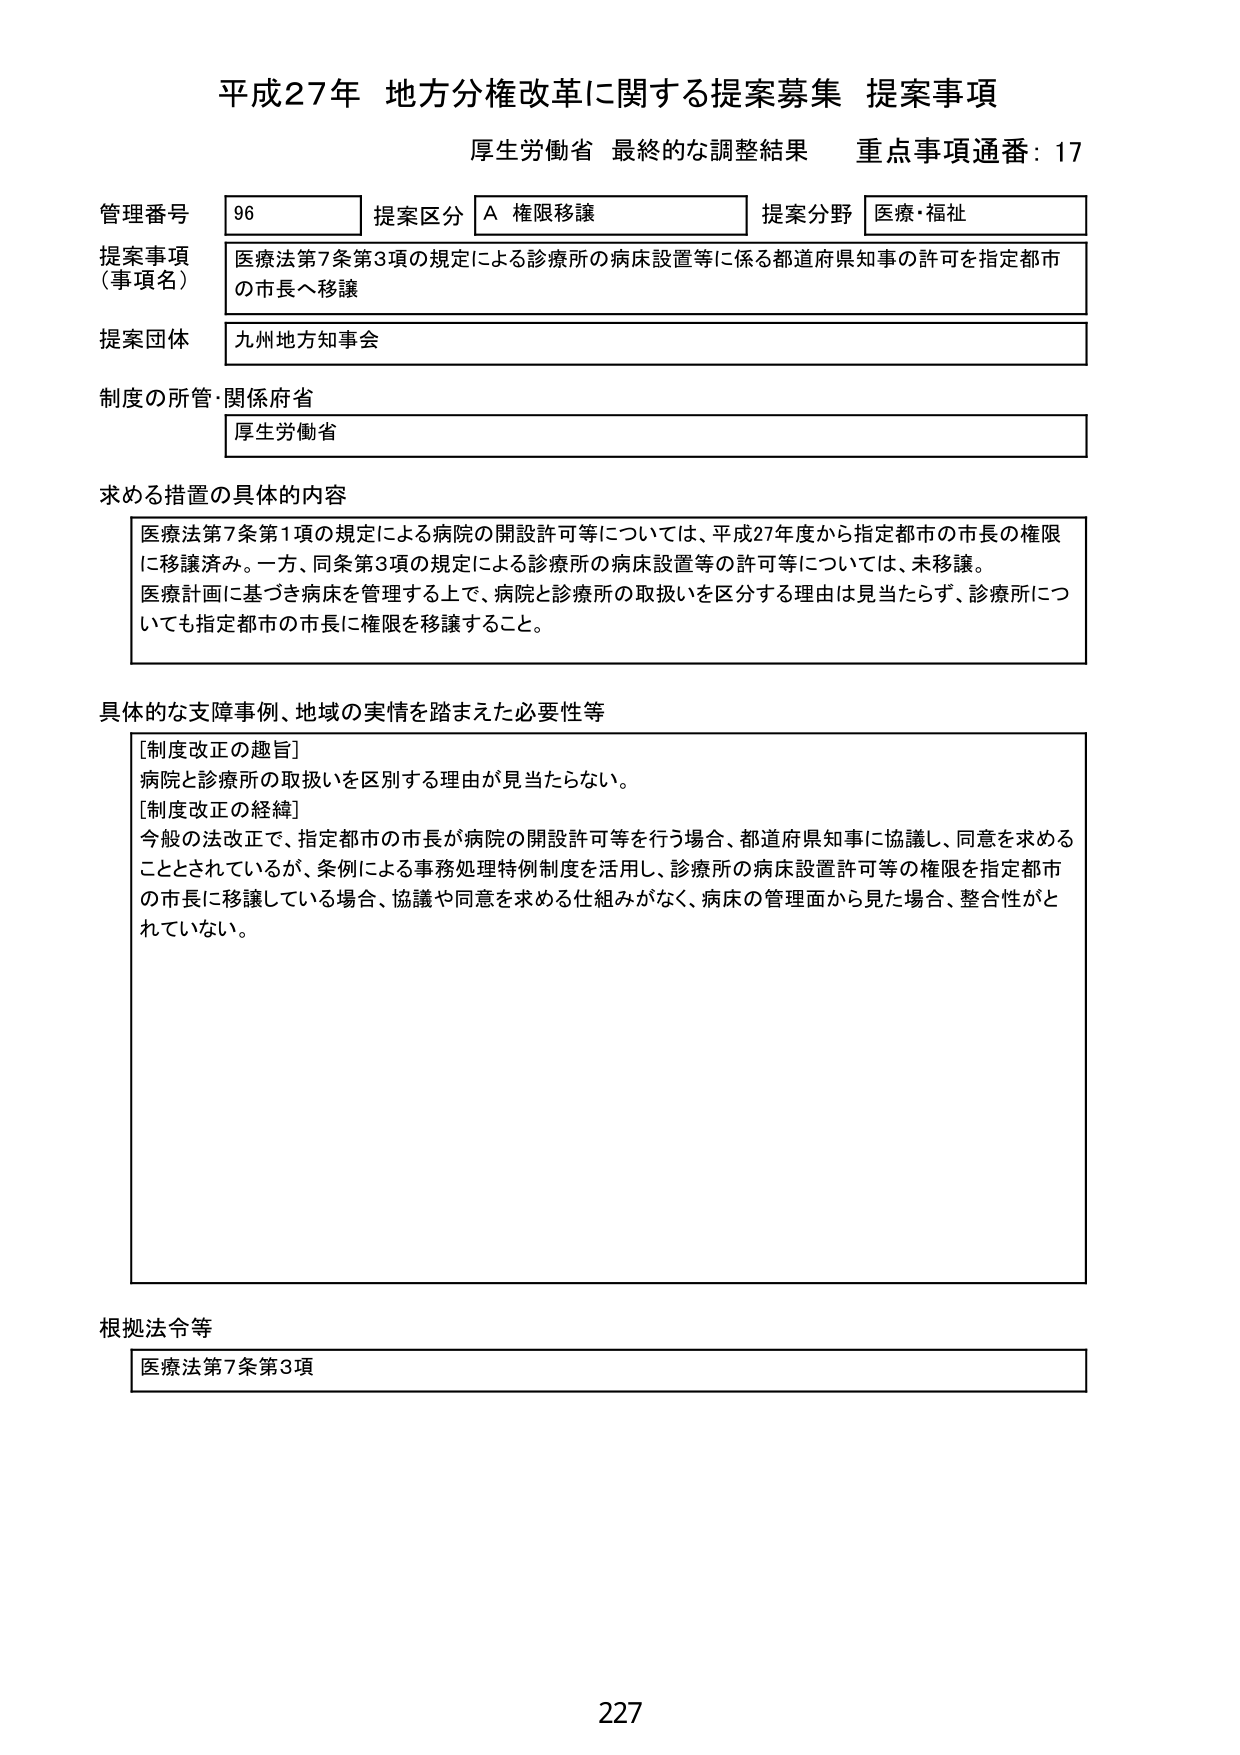
平成27年 地方分権改革に関する提案募集 提案事項
厚生労働省 最終的な調整結果 重点事項通番：17

管理番号 96 提案区分 A 権限移譲 提案分野 医療・福祉
提案事項（事項名） 医療法第7条第3項の規定による診療所の病床設置等に係る都道府県知事の許可を指定都市の市長へ移譲
提案団体 九州地方知事会
制度の所管・関係府省 厚生労働省

求める措置の具体的内容
医療法第7条第1項の規定による病院の開設許可等については、平成27年度から指定都市の市長の権限に移譲済み。一方、同条第3項の規定による診療所の病床設置等の許可等については、未移譲。
医療計画に基づき病床を管理する上で、病院と診療所の取扱いを区分する理由は見当たらず、診療所についても指定都市の市長に権限を移譲すること。

具体的な支障事例、地域の実情を踏まえた必要性等
[制度改正の趣旨]
病院と診療所の取扱いを区別する理由が見当たらない。
[制度改正の経緯]
今般の法改正で、指定都市の市長が病院の開設許可等を行う場合、都道府県知事に協議し、同意を求めることとされているが、条例による事務処理特例制度を活用し、診療所の病床設置許可等の権限を指定都市の市長に移譲している場合、協議や同意を求める仕組みがなく、病床の管理面から見た場合、整合性がとれていない。

根拠法令等
医療法第7条第3項

227